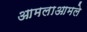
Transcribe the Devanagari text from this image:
आमलाआमले